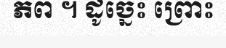
ភព ។ ដូច្នេះ ព្រោះ